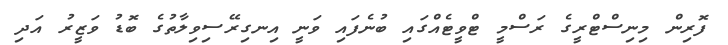
ފޮރިން މިނިސްޓްރީގެ ރަސްމީ ޓްވީޓެއްގައި ބުނެފައި ވަނީ އިނގިރޭސިވިލާތުގެ ބޮޑު ވަޒީރު އަދި